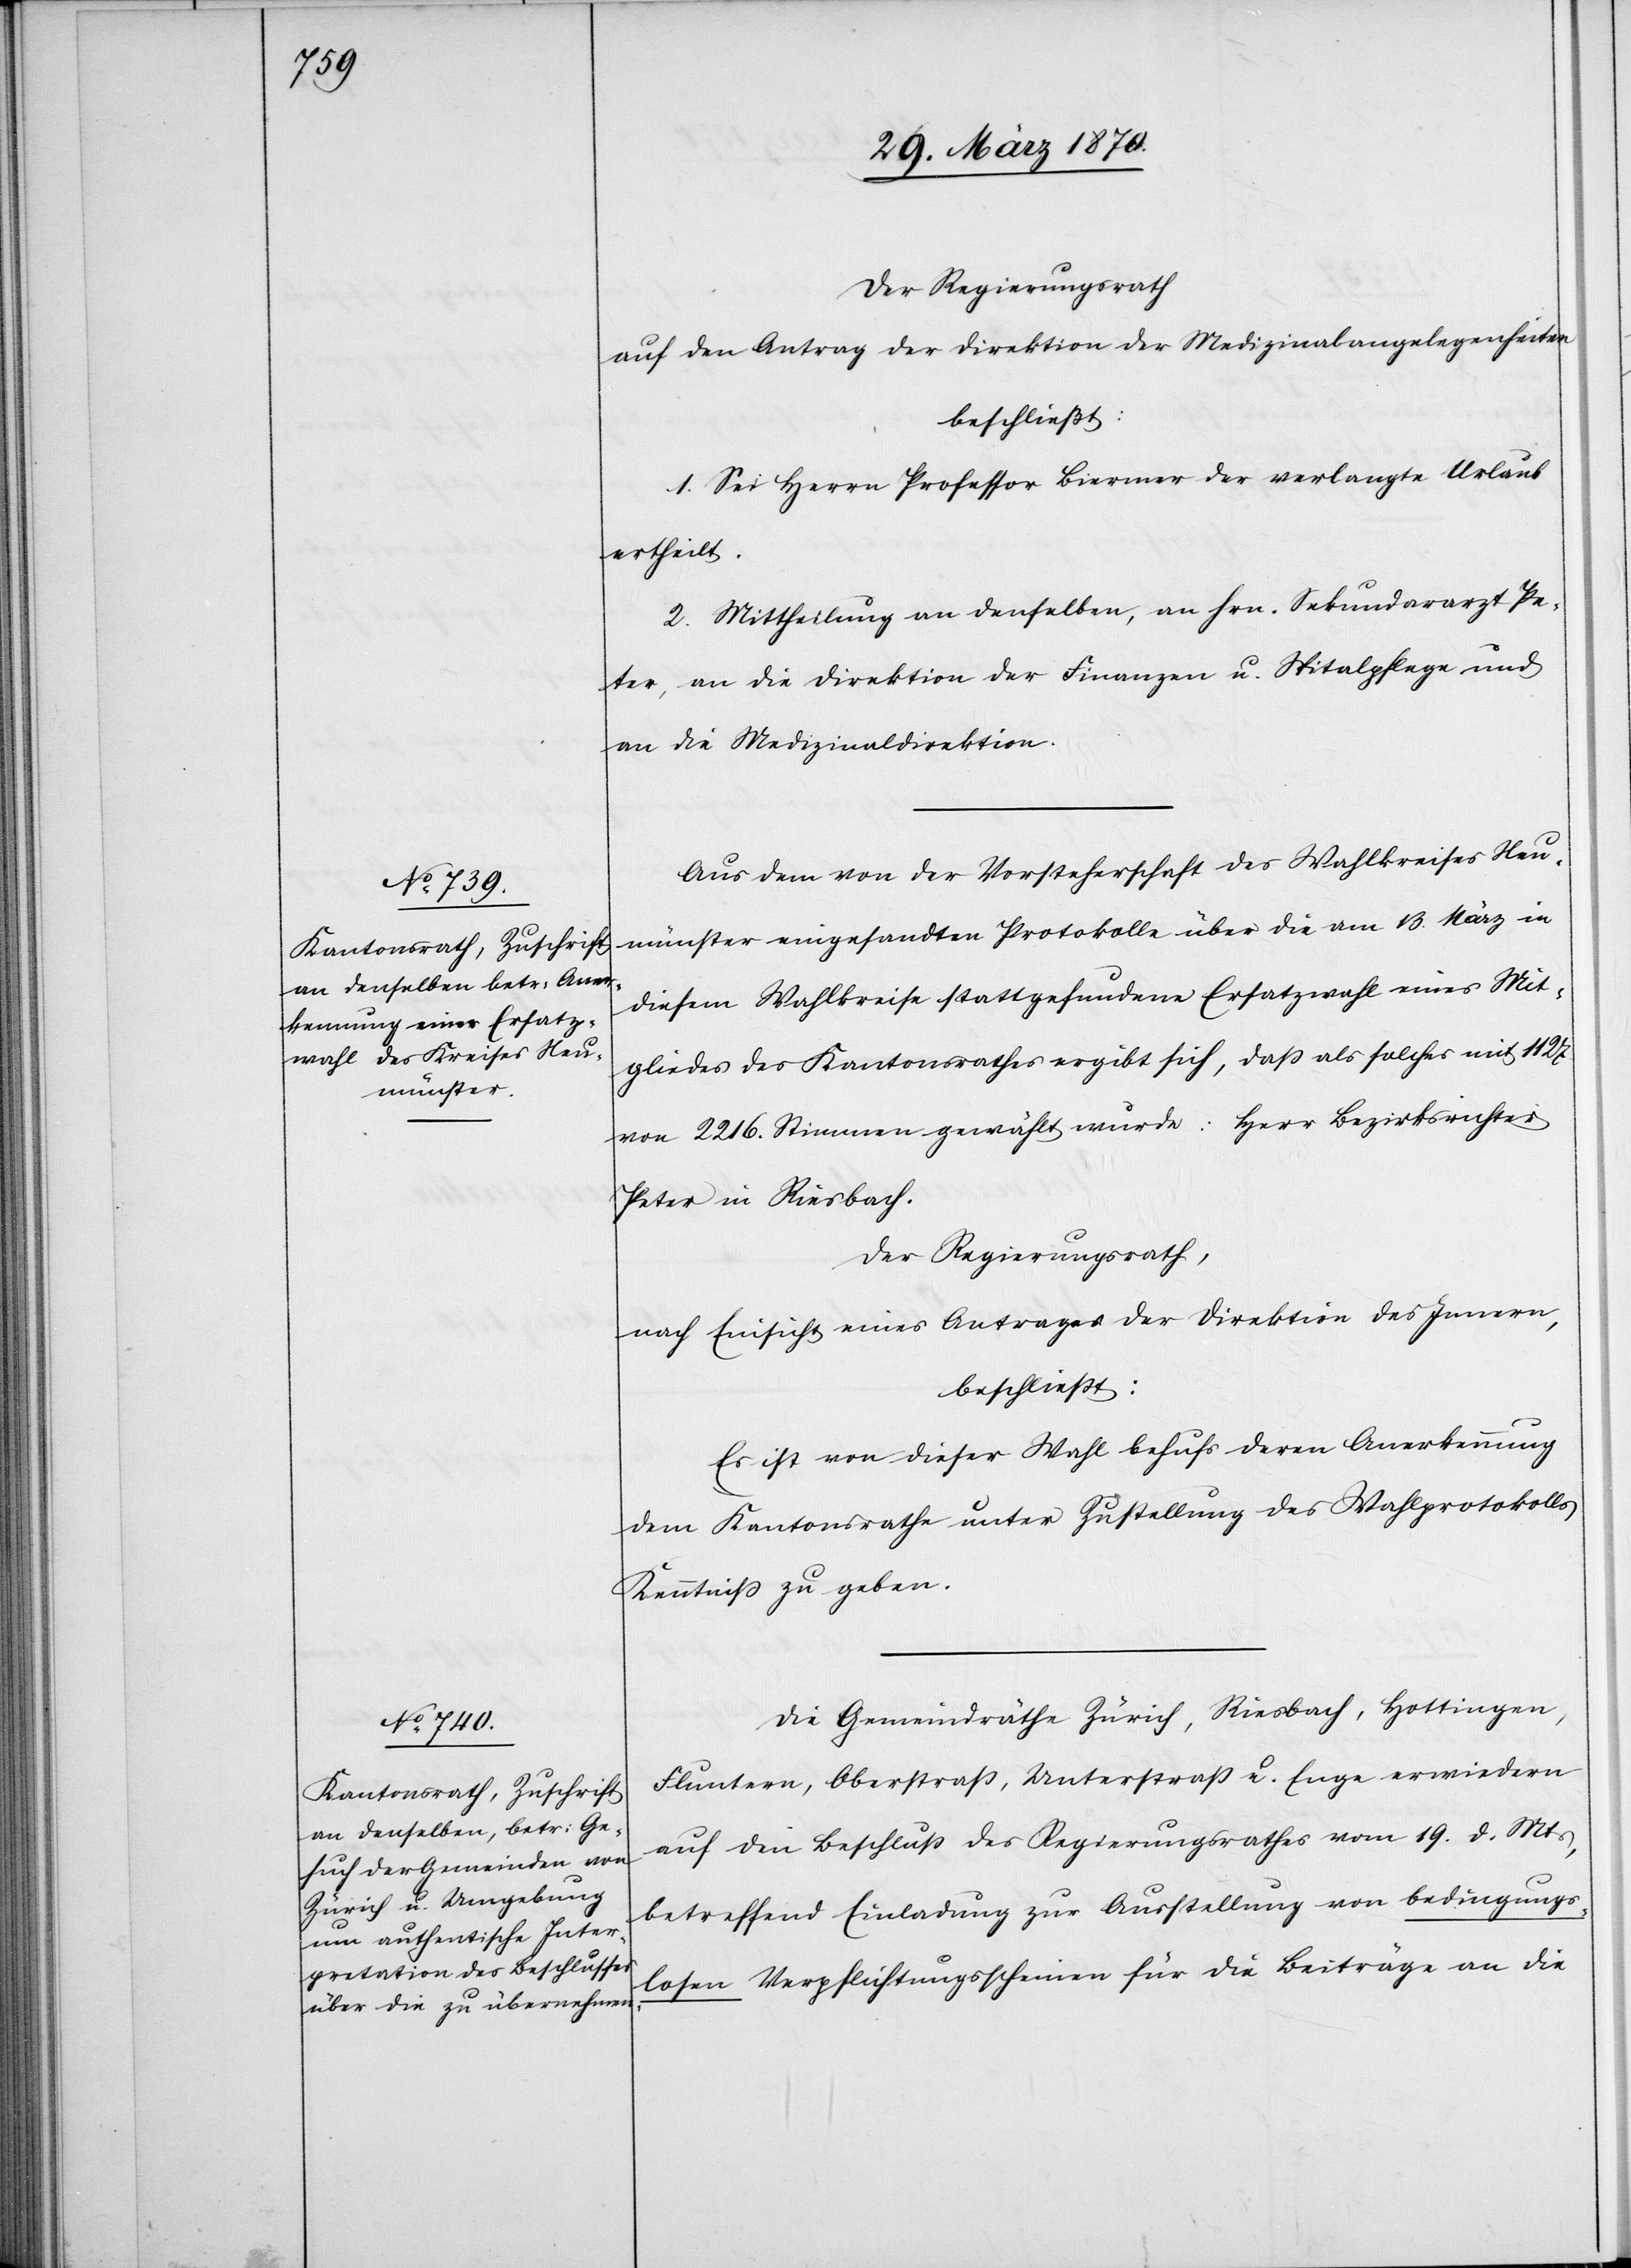
Der Regierungsrath
auf den Antrag der Direktion der Medizinalangelegenheiten
beschließt:
1. Sei Herrn Professor Biermer der verlangte Urlaub
ertheilt.
2. Mittheilung an denselben, an Hrn. Sekundararzt Pe¬
ter, an die Direktion der Finanzen u. Spitalpflege und
an die Medizinaldirektion.
Aus dem von der Vorsteherschaft des Wahlkreises Neu¬
münster eingesandten Protokolle über die am 13. März in
diesem Wahlkreise stattgefundene Ersatzwahl eines Mit¬
gliedes des Kantonsrathes ergibt sich, daß als solcher mit 1127
von 2216. Stimmen gewählt wurde: Herr Bezirksrichter
Peter in Riesbach.
Der Regierungsrath,
nach Einsicht eines Antrages der Direktion des Innern,
beschließt:
Es ist von dieser Wahl behufs deren Anerkennung
dem Kantonsrathe unter Zustellung des Wahlprotokolls
Kenntniß zu geben.
Die Gemeindräthe Zürich, Riesbach, Hottingen,
Fluntern, Oberstraß, Unterstraß u. Enge erwiedern
auf den Beschluß des Regierungsrathes vom 19. d. Mts,
betreffend Einladung zur Ausstellung von bedingungs¬
losen Verpflichtungsscheinen für die Beiträge an die